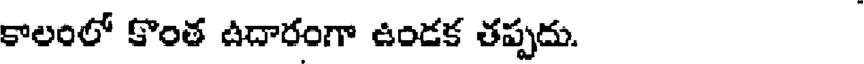
కాలంలో కొంత ఉదారంగా ఉండక తప్పదు.